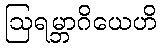
ဩရမ္ဘာဂိယေဟိ